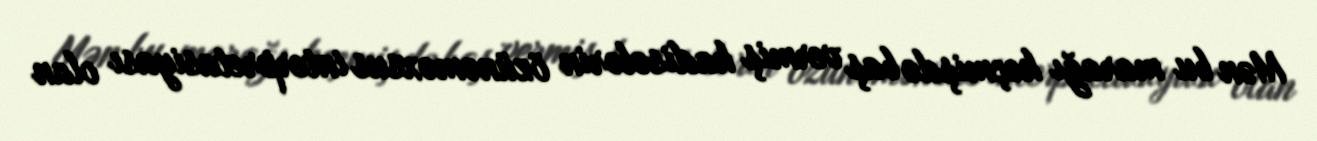
Mən bu marağı keçmişdə baş vermiş hadisələrin özünəməxsus interpretasiyası olan